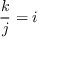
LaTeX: { \frac { k } { j } } = i